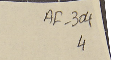
AF-304 4